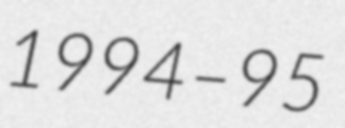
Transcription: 1994–95